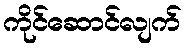
ကိုင်ဆောင်လျက်